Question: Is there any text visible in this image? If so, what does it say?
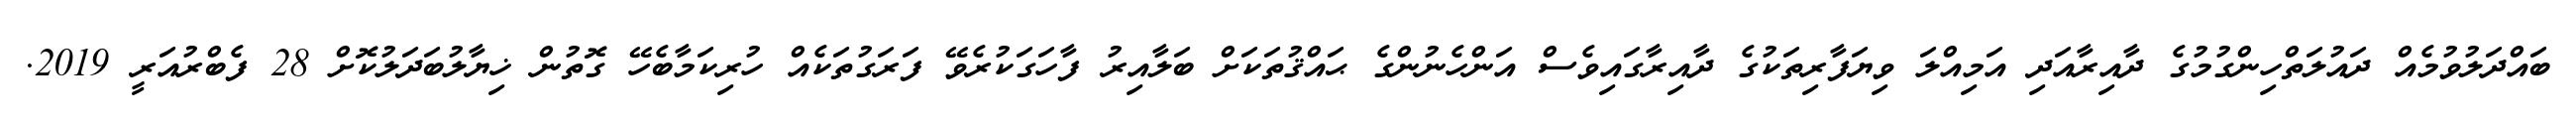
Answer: ބައްދަލުވުމެއް ދައުލަތްހިންގުމުގެ ދާއިރާއަދި އަމިއްލަ ވިޔަފާރިތަކުގެ ދާއިރާގައިވެސް އަންހެނުންގެ ޙައްޤުތަކަށް ބަލާއިރު ފާހަގަކުރެވޭ ފަރަގުތަކެއް ހުރިކަމާބެހޭ ގޮތުން ޚިޔާލުބަދަލުކޮށް 28 ފެބްރުއަރީ 2019.